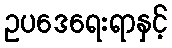
ဥပဒေရေးရာနှင့်